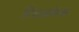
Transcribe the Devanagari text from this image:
रियलफेक